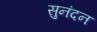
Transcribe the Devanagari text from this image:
सुनंदन